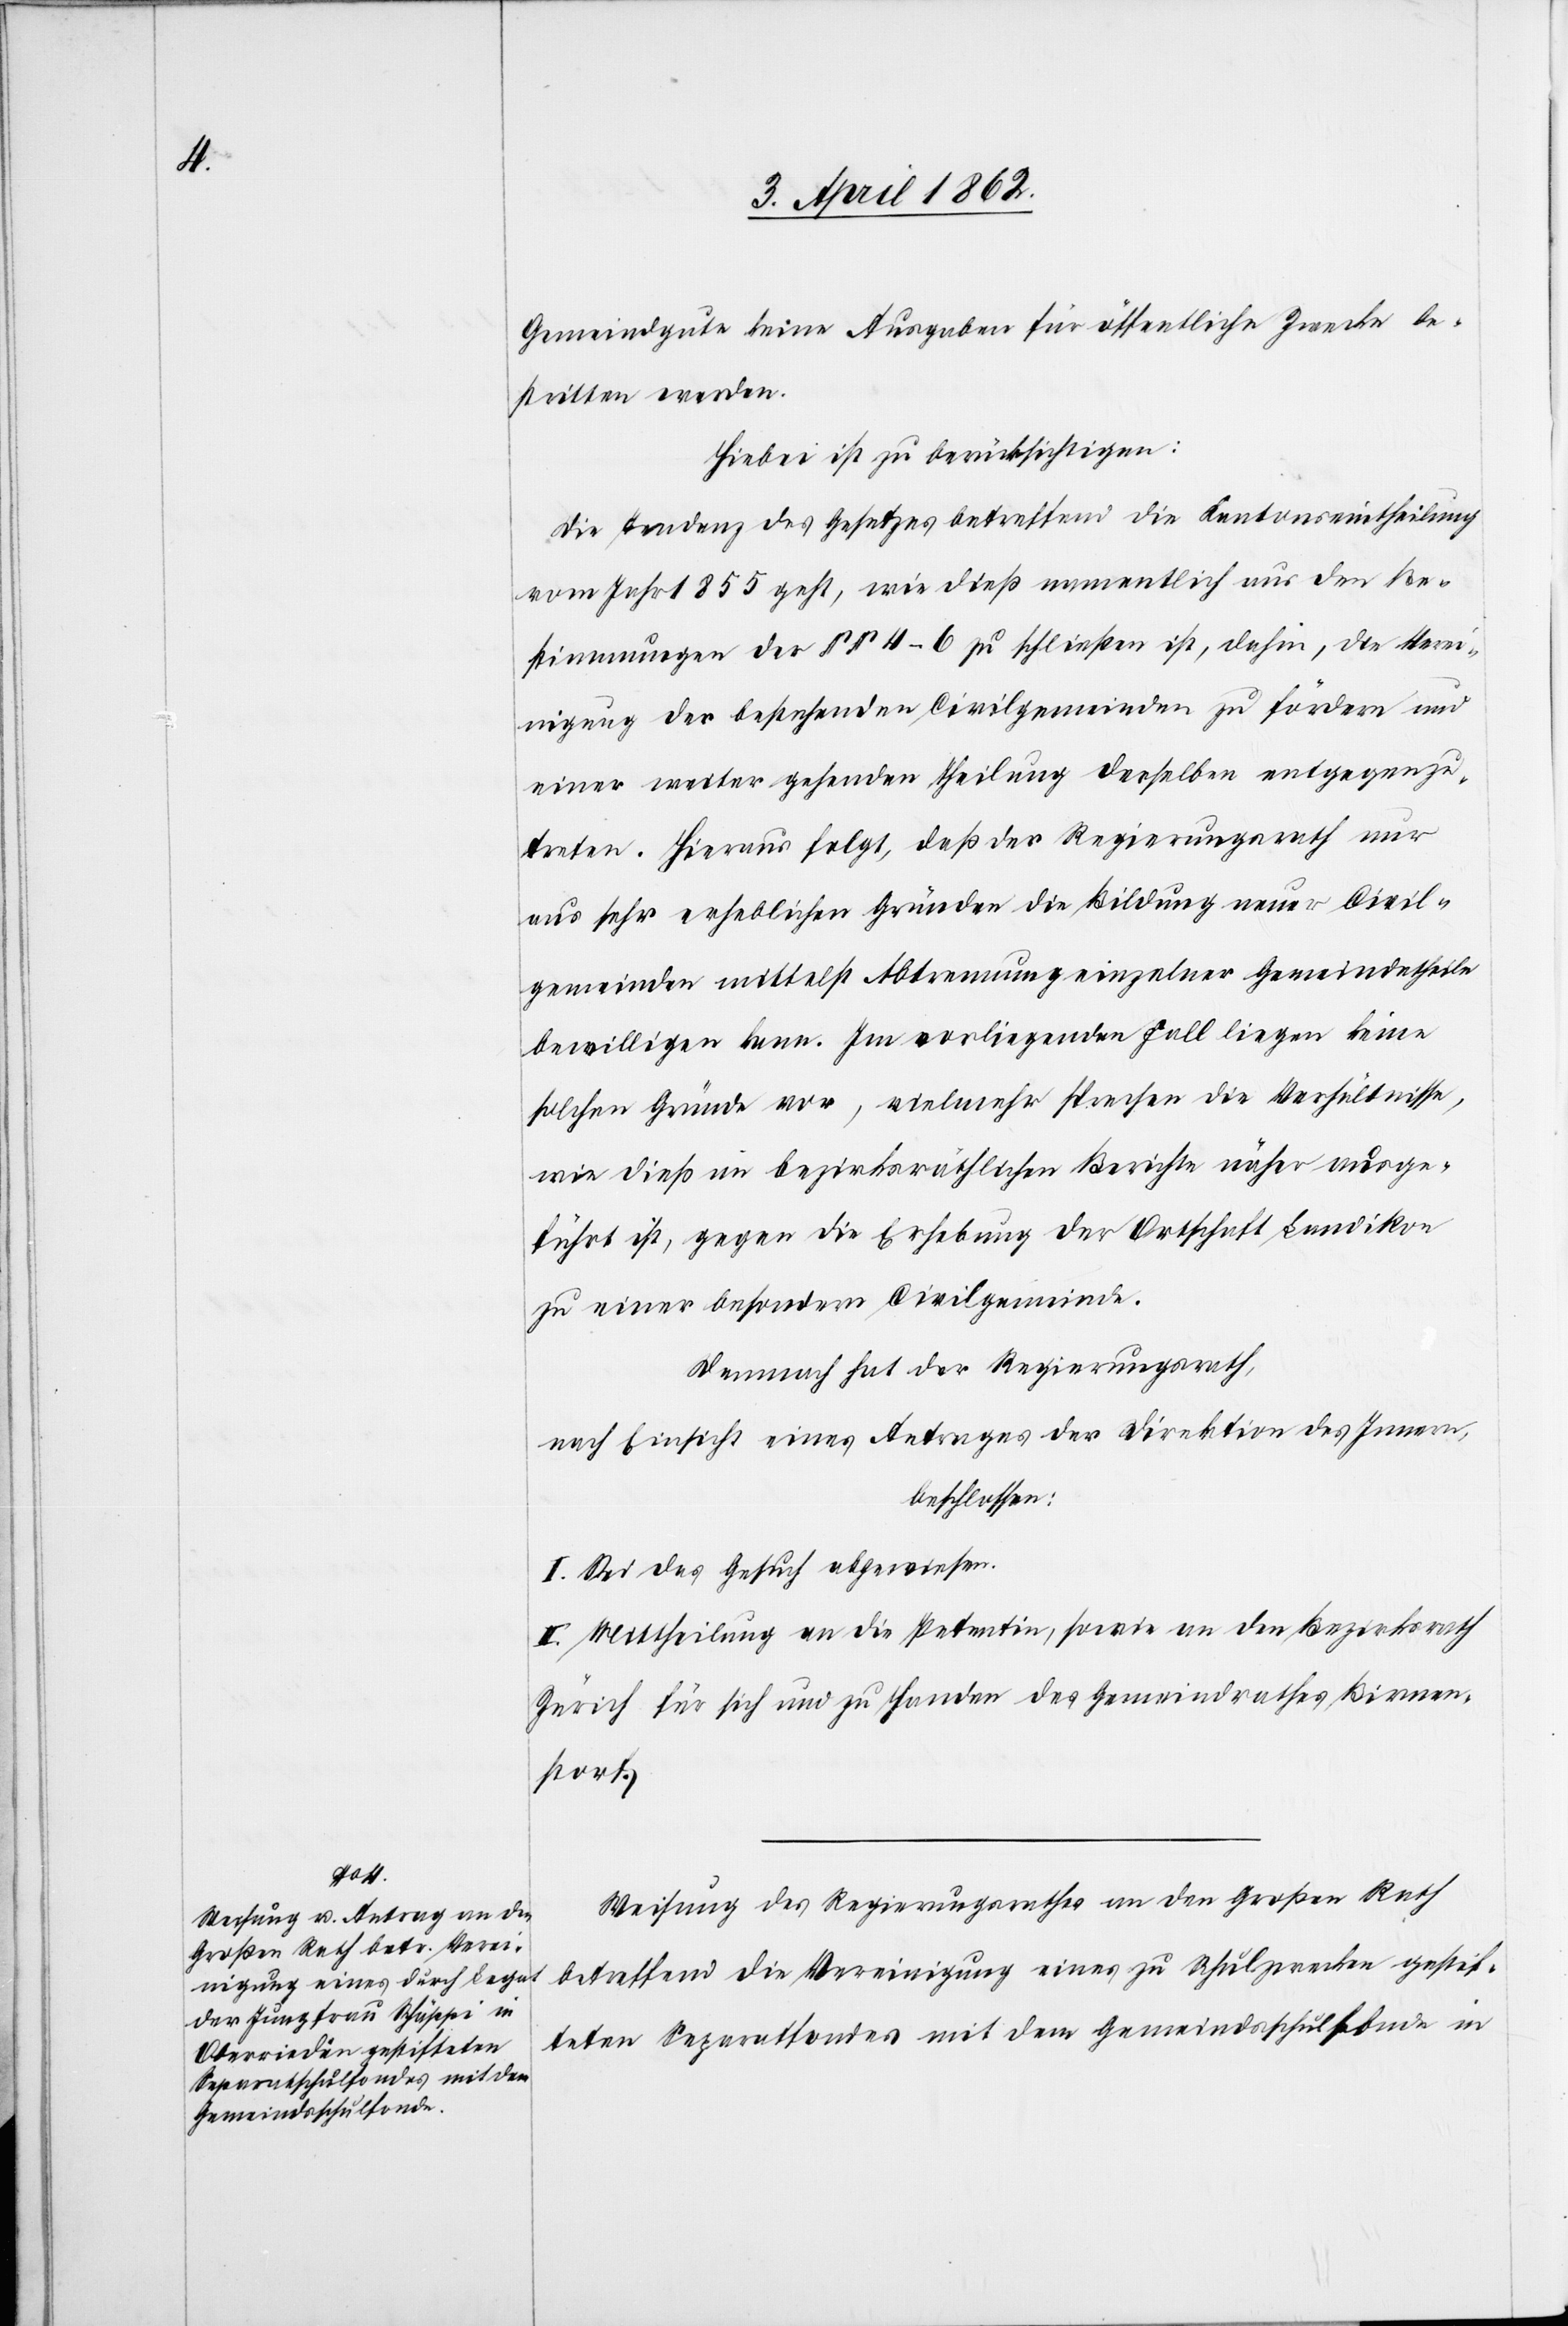
Gemeindgute keine Ausgaben für öffentliche Zwecke be¬
stritten werden.
Hiebei ist zu berücksichtigen:
Die Tendenz des Gesetzes betreffend die Kantonseintheilung
vom Jahr 1855 geht, wie dieß namentlich aus den Be¬
stimmungen der §§ 4–6 zu schließen ist, dahin, die Verei¬
nigung der bestehenden Civilgemeinden zu fördern und
einer weiter gehenden Theilung derselben entgegen zu
treten. Hierauf folgt, daß der Regierungsrath nur
aus sehr erheblichen Gründen die Bildung neuer Civil¬
gemeinden mittelst Abtrennung einzelner Gemeindetheile
bewilligen kann. Im vorliegenden Fall liegen keine
solchen Gründe vor, vielmehr sprechen die Verhältnisse,
wie dieß im bezirksräthlichen Berichte näher ausge¬
führt ist, gegen die Erhebung der Ortschaft Landikon
zu einer besondern Civilgemeinde.
Demnach hat der Regierungsrath,
nach Einsicht eines Antrages der Direktion des Innern,
beschlossen:
I. Sei das Gesuch abgewiesen.
II. Mittheilung an die Petentin, sowie an den Bezirksrath
Zürich für sich und zu Handen des Gemeindrathes Birmen¬
storf.
Weisung des Regierungsrathes an den Großen Rath
betreffend die Vereinigung eines zu Schulzwecken gestif¬
teten Separatfondes mit dem Gemeindsschulfonde in